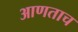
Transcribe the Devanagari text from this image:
आणताच